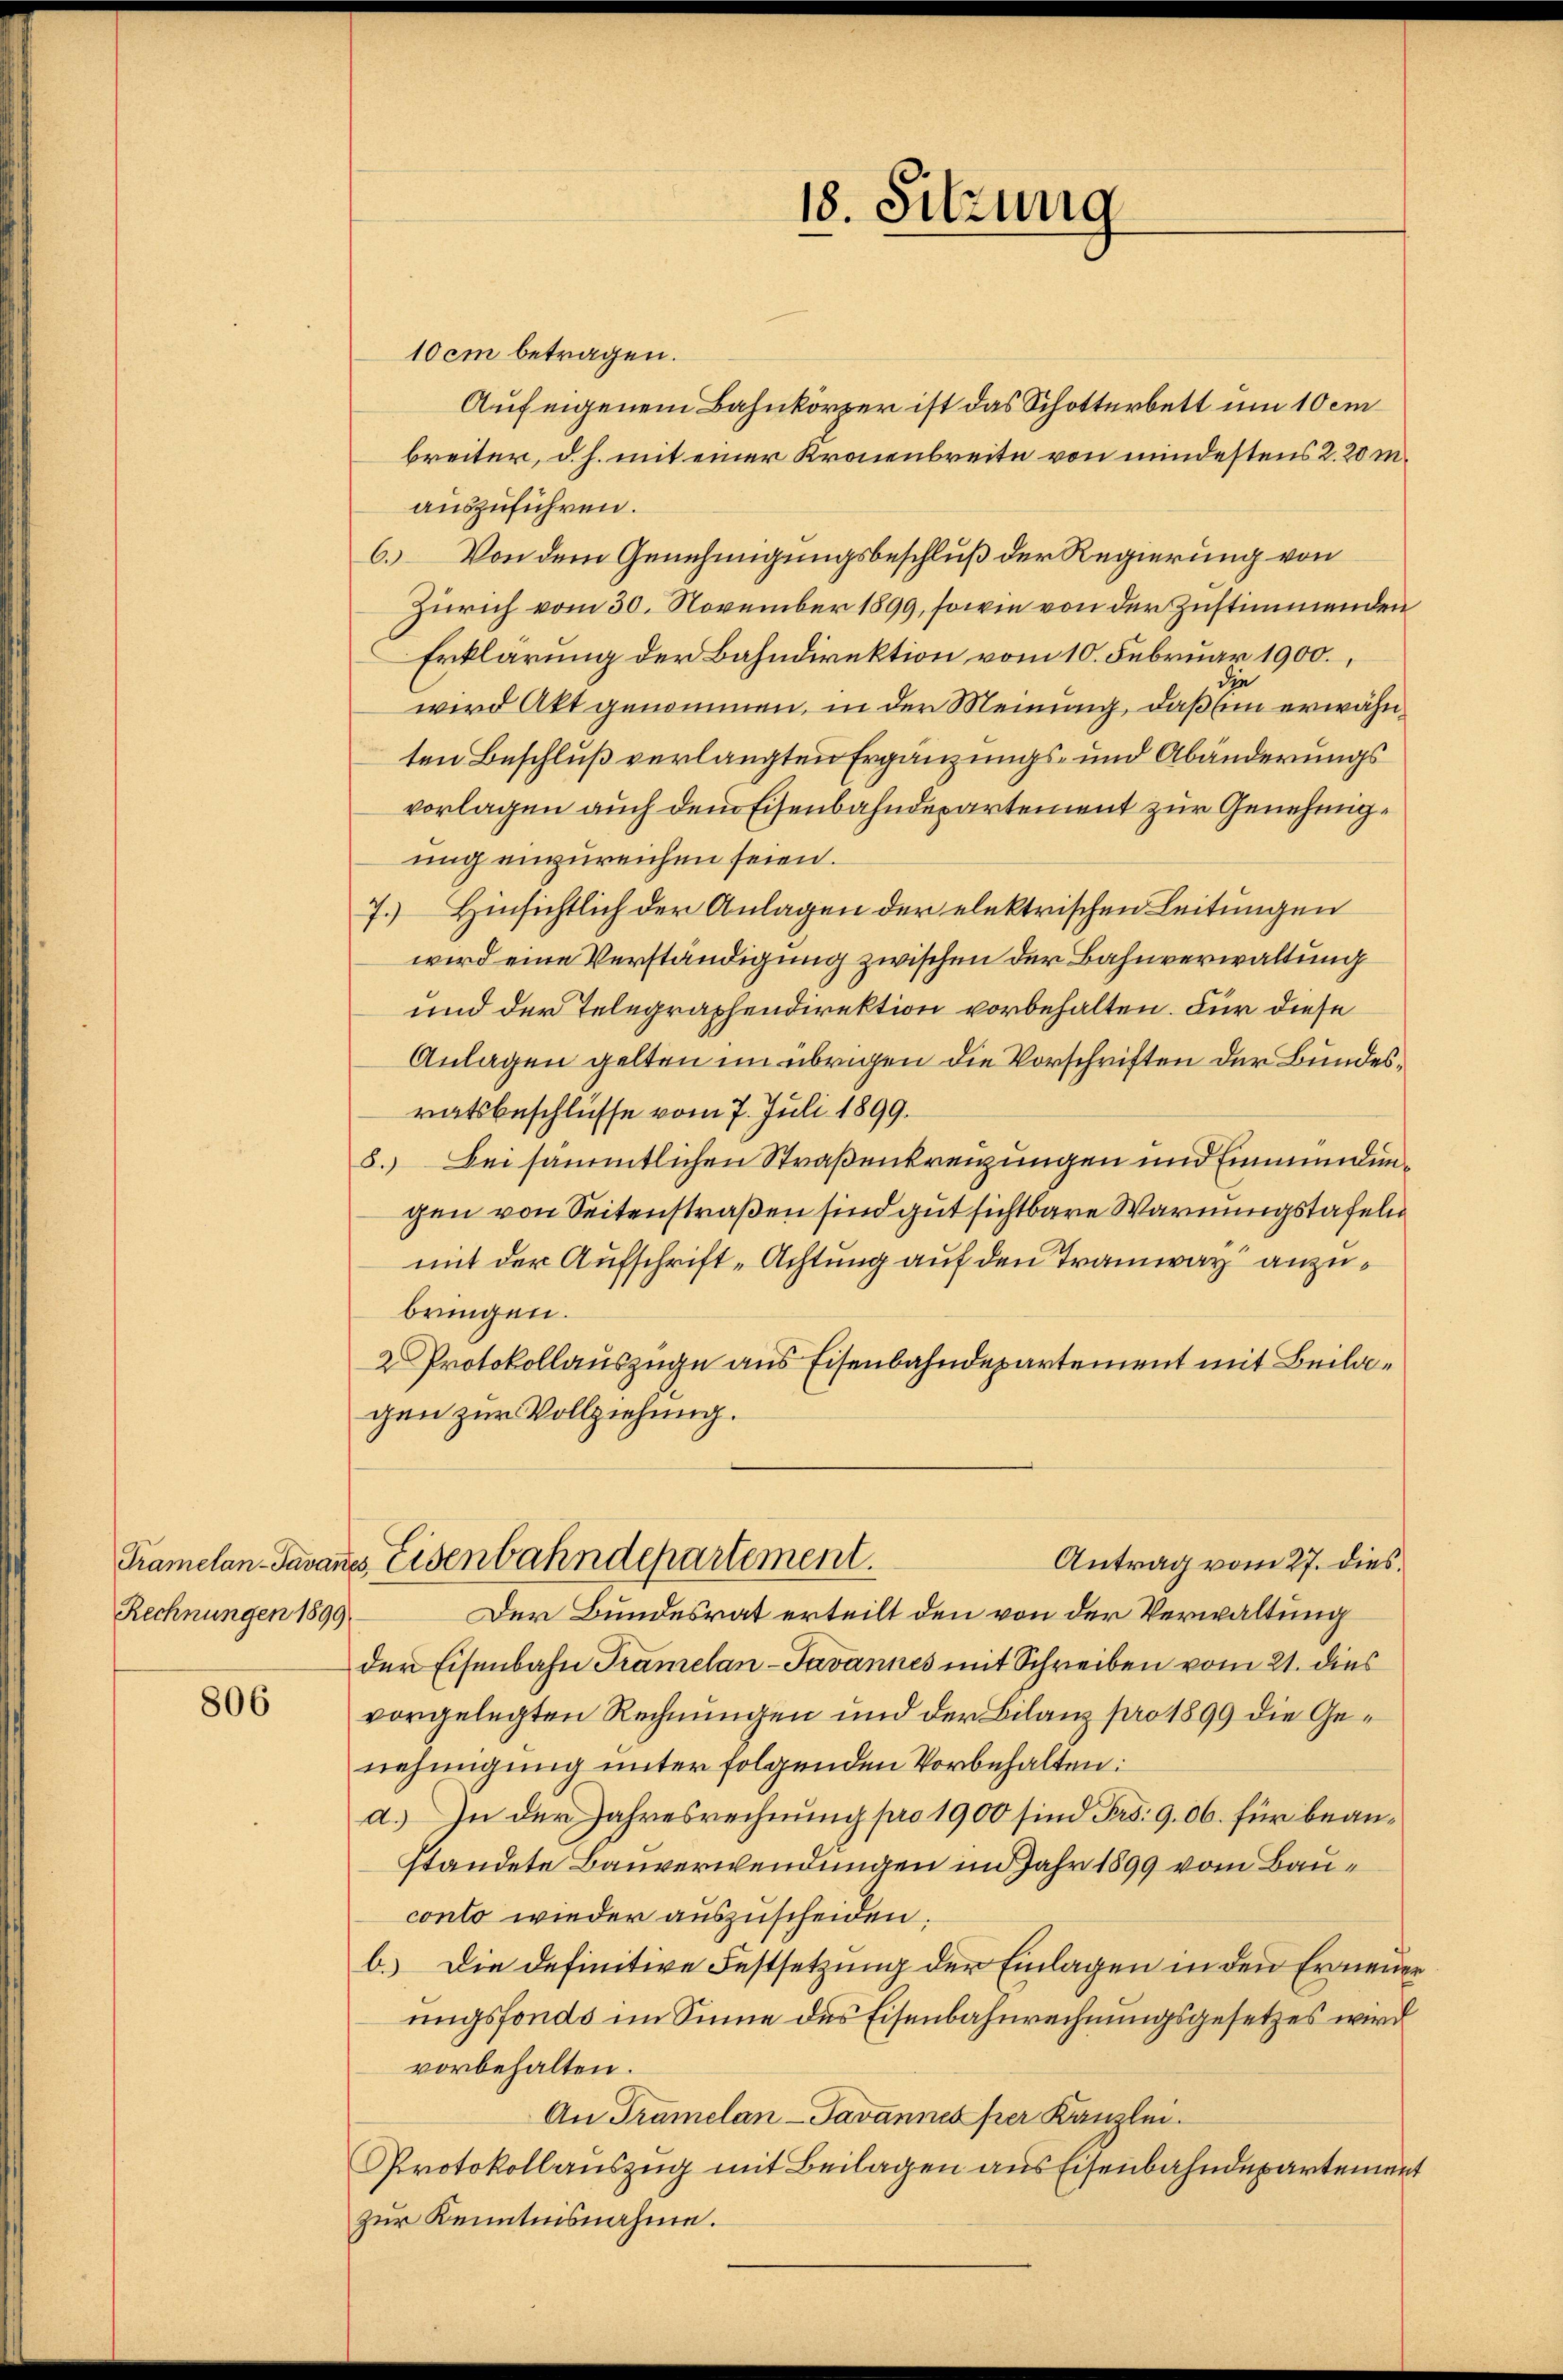
Rechnungen 1899.

806

10 cm betragen.
Auf eigenem Bahnkörper ist das Schotterbett um 10 em
breiter, d. h. mit einer Kronenbreite von mindestens 2. 20 m.
auszuführen.
6. Von dem Genehmigungsbeschluß der Regierung von
Zürich vom 30. November 1899, sowie von der Zustimmenden
Erklärung der Bahndirektion vom 10. Februar 1900.
wird Akt genommen, in der Meinung, daß im erwähnten Beschluß verlangten Ergänzungs- und Abänderungsvorlagen auch dem Eisenbahndepartement zur Genehmigung einzureichen seien.
7.) Hinsichtlich der Anlagen der elektrischen Leitungen
wird eine Verständigung zwischen der Bahnverwaltung
und der Telegraphendirektion vorbehalten. Für diese
Anlagen gelten im übrigen die Vorschriften der Bundesratsbeschlüsse vom 7. Juli 1899.
8.) Bei sämmtlichen Straßenkreuzungen und Einmündungen von Seitenstraßen sind gut sichtbare Warnungstafeln
mit der Aufschrift-Achtung auf den Tramway anzubringen.
2 Protokollauszüge aus Eisenbahndepartement mit Beilagen zur Vollziehung.
Tramelan-Tavanes Eisenbahndepartement.
Antrag vom 27. dies
Der Bundesrat erteilt den von der Verwaltung
der Eisenbahn Tramelan-Javannes mit Schreiben vom 21. dies
vorgelegten Rechnungen und der Bilanz pro 1899 die Genehmigung unter folgenden Vorbehalten:
d.) In der Jahresrechnung pro 1900 sind Frs. 906. für beanstandete Bauverwendungen im Jahr 1899 vom Bauconto wieder auszuscheiden.
b. Die definitive Festsetzung der Einlagen in den Erneuer
ungsfonds im Sinne des Eisenbahnrechnungsgesetzes wird
vorbehalten.
An Tramelan-Javannes per Kanzlei.
Protokollauszug mit Beilagen aus Eisenbahndepartemen
zur Kenntnisnahme.

18. Sitzung